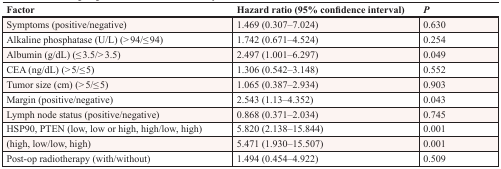
| Factor | Hazard ratio (95% confidence interval) | P |
 | --- | --- | --- |
 | Symptoms (positive/negative) | 1.469 (0.307–7.024) | 0.630 |
 | Alkaline phosphatase (U/L) (> 94/≤ 94) | 1.742 (0.671–4.524) | 0.254 |
 | Albumin (g/dL) (≤ 3.5/> 3.5) | 2.497 (1.001–6.297) | 0.049 |
 | CEA (ng/dL) (> 5/≤ 5) | 1.306 (0.542–3.148) | 0.552 |
 | Tumor size (cm) (> 5/≤ 5) | 1.065 (0.387–2.934) | 0.903 |
 | Margin (positive/negative) | 2.543 (1.13–4.352) | 0.043 |
 | Lymph node status (positive/negative) | 0.868 (0.371–2.034) | 0.745 |
 | HSP90, PTEN (low, low or high, high/low, high) | 5.820 (2.138–15.844) | 0.001 |
 | (high, low/low, high) | 5.471 (1.930–15.507) | 0.001 |
 | Post-op radiotherapy (with/without) | 1.494 (0.454–4.922) | 0.509 |